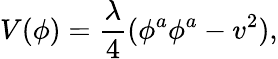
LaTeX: V(\phi)=\frac{\lambda}{4}(\phi^{a}\phi^{a}-v^{2}),